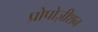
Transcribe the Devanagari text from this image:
प्रोपोज़ीशन